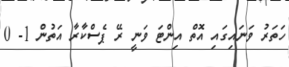
ހަތަރު ވަނައިގައި އޮތް އިންޓަ ވަނީ ރޭ ޕެސްކާރާ އަތުން 1- 0